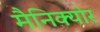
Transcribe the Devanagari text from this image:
मैनिक्‍योर